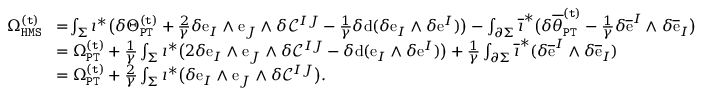
\begin{array} { r l } { \Omega _ { \mathtt { H M S } } ^ { \mathtt { ( t ) } } \! } & { = \! \int _ { \Sigma } \imath ^ { * } \big ( \delta \Theta _ { \mathtt { P T } } ^ { \mathtt { ( t ) } } + \frac { 2 } { \gamma } \delta \mathrm { e } _ { I } \wedge \mathrm { e } _ { J } \wedge \delta \mathcal { C } ^ { I J } - \frac { 1 } { \gamma } \delta \mathrm { d } ( \delta \mathrm { e } _ { I } \wedge \delta \mathrm { e } ^ { I } ) \big ) - \int _ { \partial \Sigma } \overline { { \imath } } ^ { * } \big ( \delta \overline { { \theta } } _ { \mathtt { P T } } ^ { \mathtt { ( t ) } } - \frac { 1 } { \gamma } \delta \overline { { \mathrm { e } } } ^ { I } \wedge \delta \overline { { \mathrm { e } } } _ { I } \big ) } \\ & { = \Omega _ { \mathtt { P T } } ^ { \mathtt { ( t ) } } + \frac { 1 } { \gamma } \int _ { \Sigma } \imath ^ { * } \big ( 2 \delta \mathrm { e } _ { I } \wedge \mathrm { e } _ { J } \wedge \delta \mathcal { C } ^ { I J } - \delta \mathrm { d } ( \mathrm { e } _ { I } \wedge \delta \mathrm { e } ^ { I } ) \big ) + \frac { 1 } { \gamma } \int _ { \partial \Sigma } \overline { { \imath } } ^ { * } ( \delta \overline { { \mathrm { e } } } ^ { I } \wedge \delta \overline { { \mathrm { e } } } _ { I } ) } \\ & { = \Omega _ { \mathtt { P T } } ^ { \mathtt { ( t ) } } + \frac { 2 } { \gamma } \int _ { \Sigma } \imath ^ { * } \big ( \delta \mathrm { e } _ { I } \wedge \mathrm { e } _ { J } \wedge \delta \mathcal { C } ^ { I J } \big ) . } \end{array}